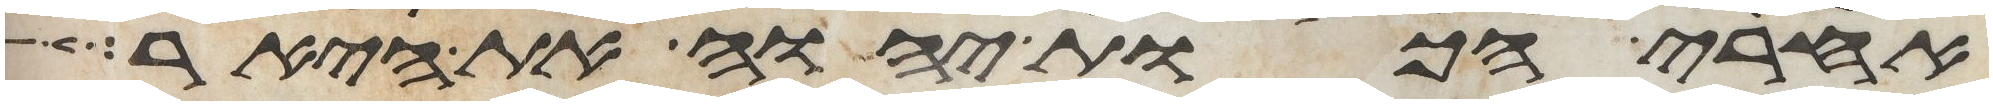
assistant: אחרי הכות יהוה את היאר